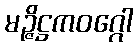
မဉ္ဇိဋ္ဌကဝဂ္ဂေါ